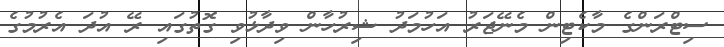
ސިޓްރަންގެ މާކެޓިން މެނޭޖަރު އަހުމަދު ޝިރުހާން ވިދާޅުވި ގޮތުގައި ރޭ އުދަ އެރުމުގެ